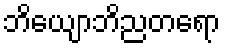
ဘိယျောဘိညတရော